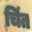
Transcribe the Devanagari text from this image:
चिंत